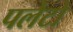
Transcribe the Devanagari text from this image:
पलेटो